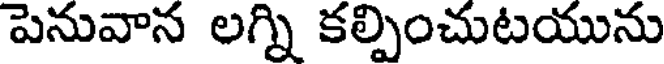
పెనువాన లగ్ని కల్పించుటయును